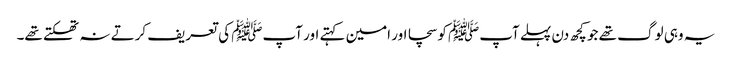
یہ وہی لوگ تھے جو کچھ دن پہلے آپﷺ کو سچا اور امین کہتے اور آپﷺ کی تعریف کرتے نہ تھکتے تھے۔